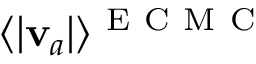
\langle | \mathbf { v } _ { a } | \rangle ^ { \mathrm { ~ E ~ C ~ M ~ C ~ } }